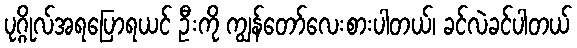
ပုဂ္ဂိုလ်အရပြောရယင် ဦးကို ကျွန်တော်လေးစားပါတယ်၊ ခင်လဲခင်ပါတယ်